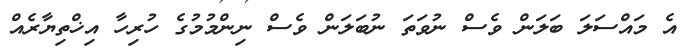
އެ މައްސަލަ ބަލަން ވެސް ނުވަތަ ނުބަލަން ވެސް ނިންމުމުގެ ހުރިހާ އިޚްތިޔާރެއް